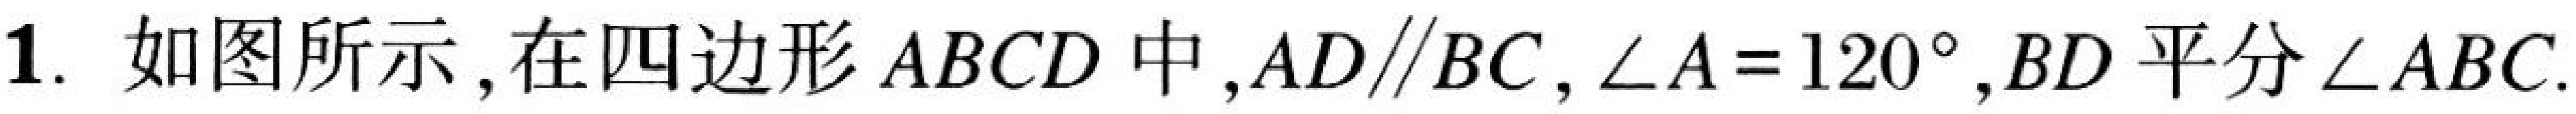
1. 如图所示，在四边形\(ABCD\)中，\(AD\parallel BC\)，\(\angle A = 120^{\circ}\)，\(BD\)平分\(\angle ABC\).